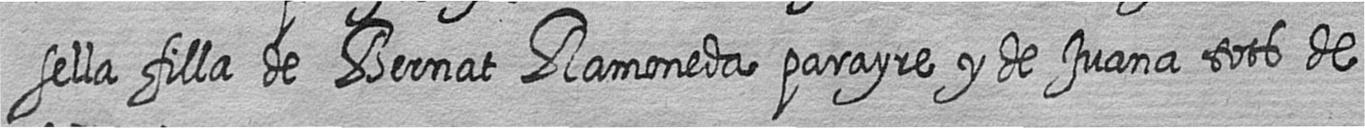
sella filla de Bernat Ramoneda parayre y de Juana tots de